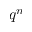
q ^ { n }